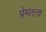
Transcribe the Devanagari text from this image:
प्रेमतत्व